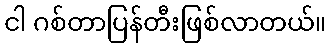
ငါ ဂစ်တာပြန်တီးဖြစ်လာတယ်။